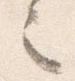
之